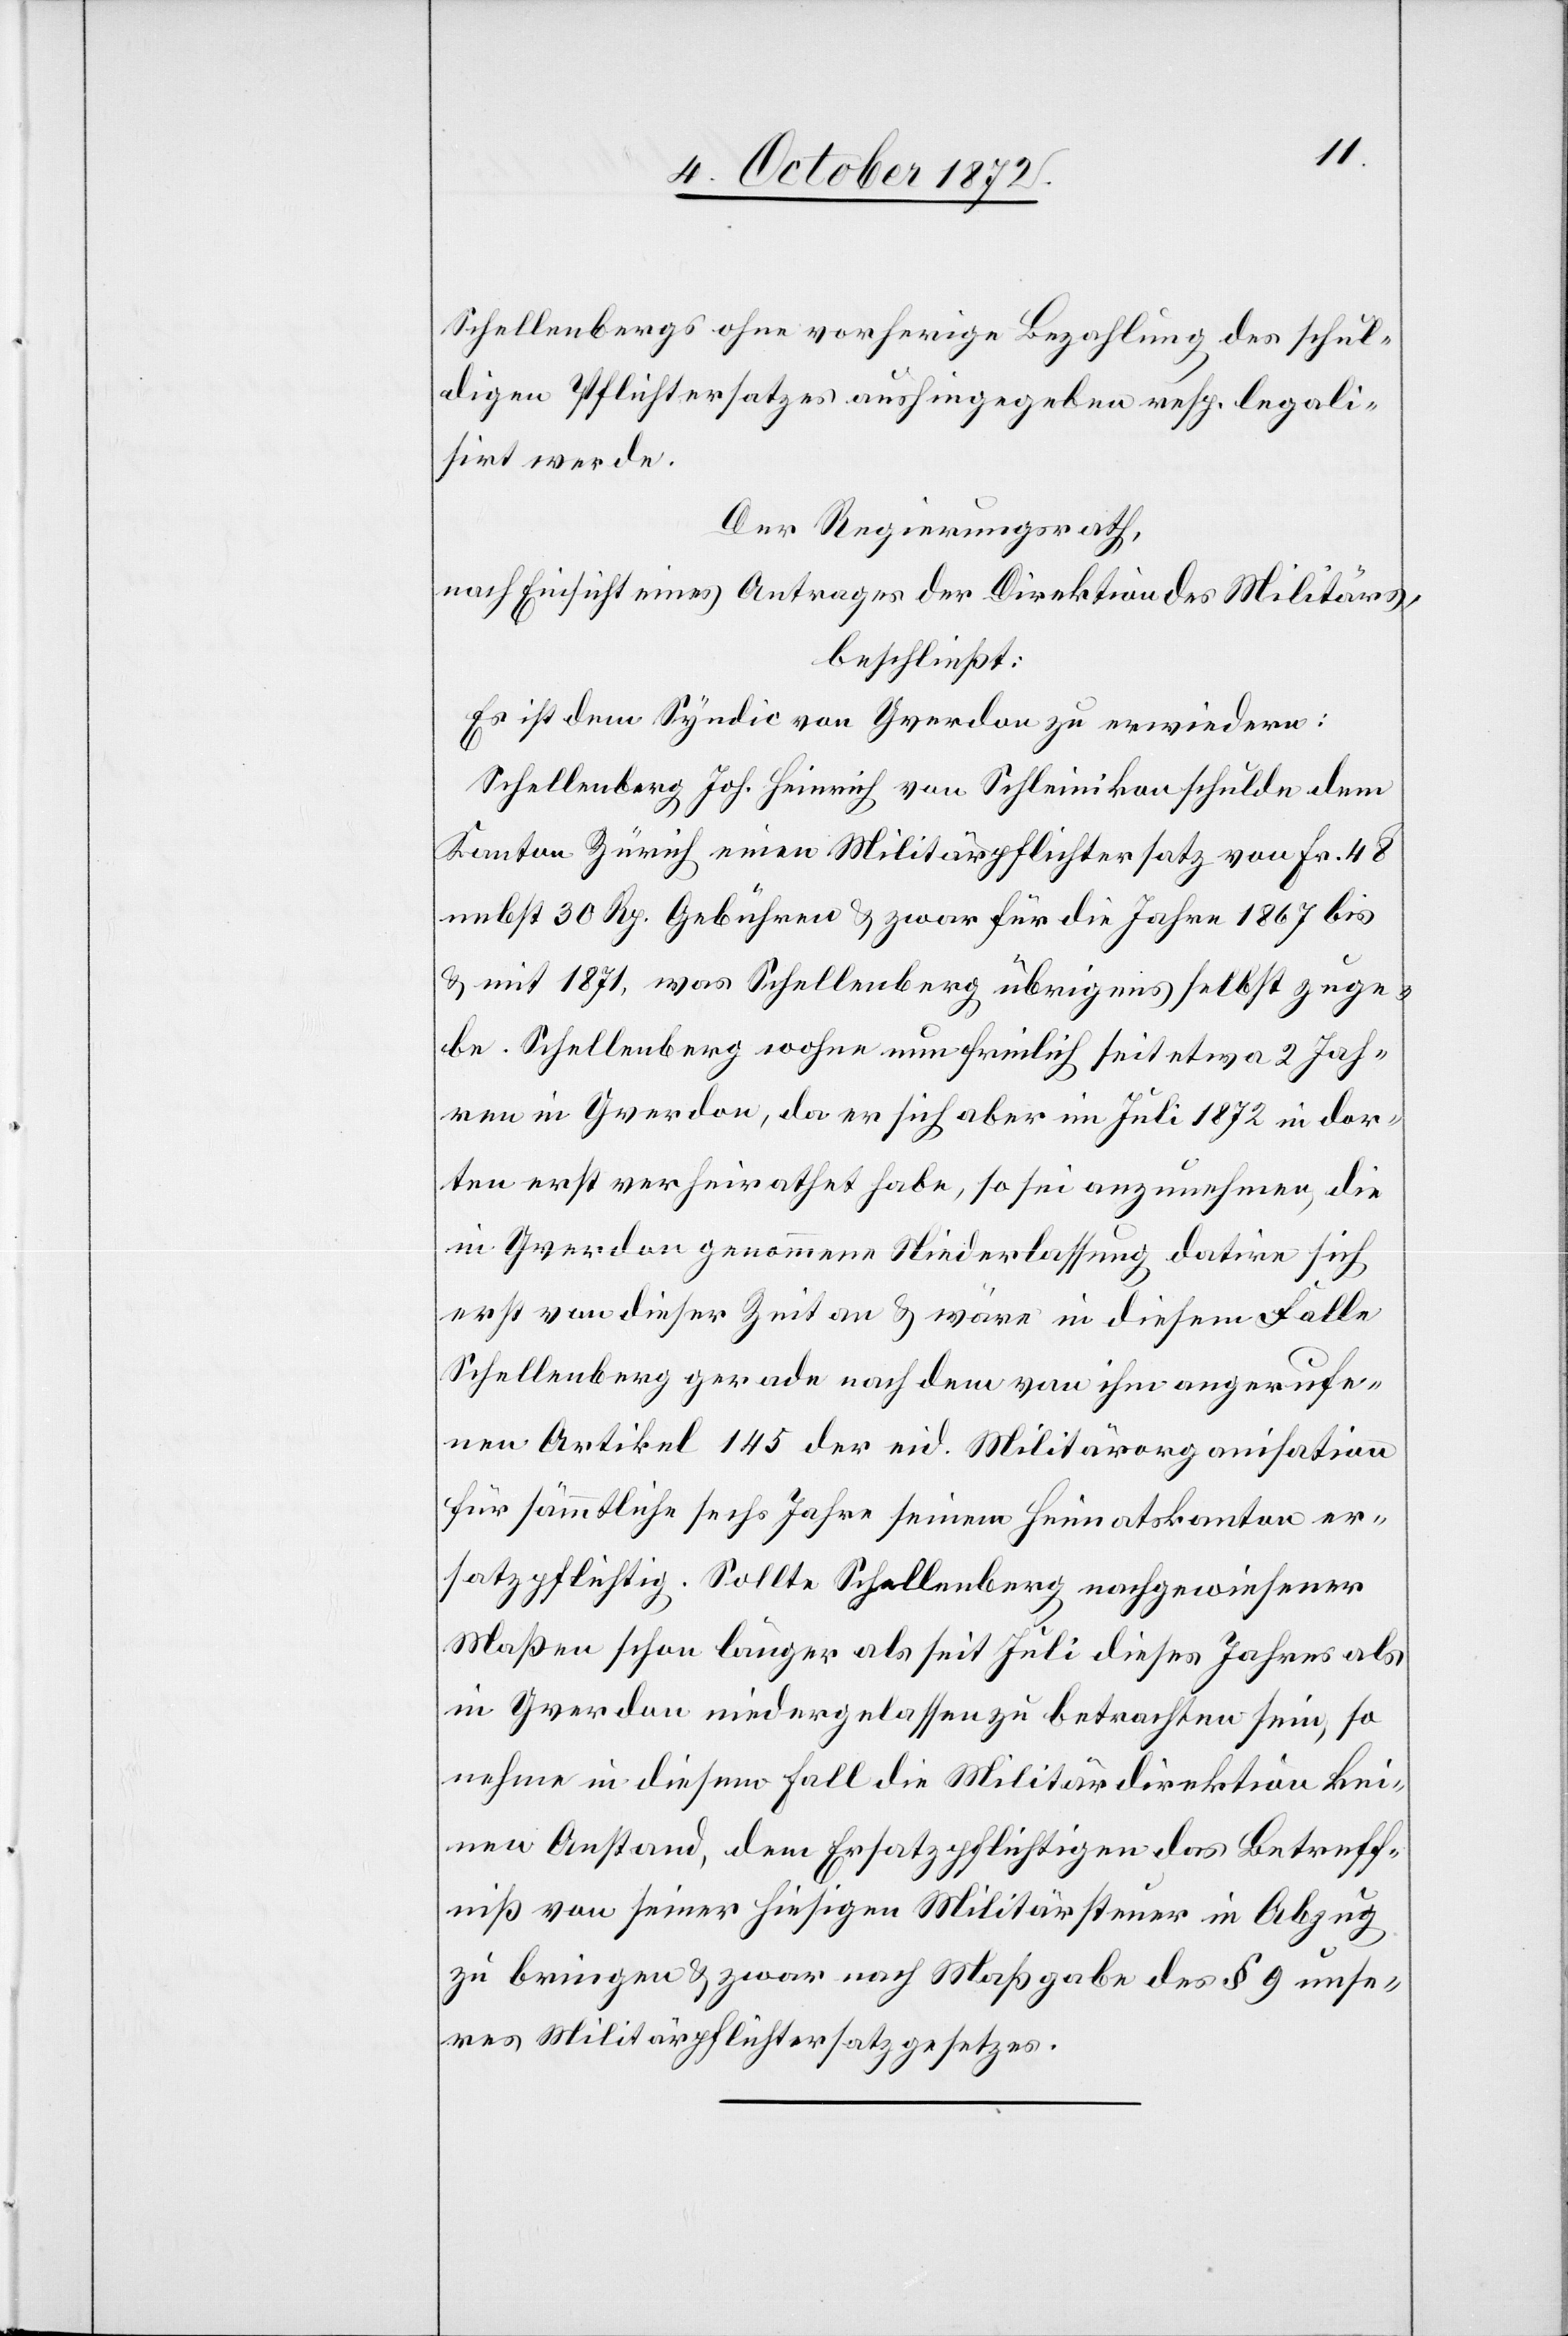
Schellenbergs ohne vorherige Bezahlung des schul¬
digen Pflichtersatzes aushingegeben resp. legali¬
sirt werde.
Der Regierungsrath,
nach Einsicht eines Antrages der Direktion des Militärs,
beschließt:
Es ist dem Syndic von Yverdon zu erwiedern:
Schellenberg Joh. Heinrich von Schleinikon schulde dem
Kanton Zürich einen Militärpflichtersatz von Fr. 48
nebst 30 Rp. Gebühren u. zwar für die Jahre 1867 bis
u. mit 1871, was Schellenberg übrigens selbst zuge¬
be. Schellenberg wohne nun freilich seit etwa 2 Jah¬
ren in Yverdon, da er sich aber im Juli 1872 in dor¬
ten erst verheirathet habe, so sei anzunehmen, die
in Yverdon genommene Niederlassung datire sich
erst von dieser Zeit an u. wäre in diesem Falle
Schellenberg gerade nach dem von ihm angerufe¬
nen Artikel 145 der eid. Militärorganisation
für sämmtliche sechs Jahre seinem Heimatskanton er¬
satzpflichtig. Sollte Schellenberg nachgewiesener
Maßen schon länger als seit Juli dieses Jahres als
in Yverdon niedergelassen zu betrachten sein, so
nehme in diesem Fall die Militärdirektion kei¬
nen Anstand, dem Ersatzpflichtigen das Betreff¬
niß von seiner hiesigen Militärsteuer in Abzug
zu bringen u. zwar nach Maßgabe des § 9 unse¬
res Militärpflichtersatzgesetzes.